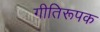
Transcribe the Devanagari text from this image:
गीतिरूपक